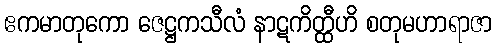
ဧကမာတုကော ဇေဋ္ဌကသီလံ နာဋကိတ္ထီဟိ စတုမဟာရာဇာ